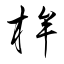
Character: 桙